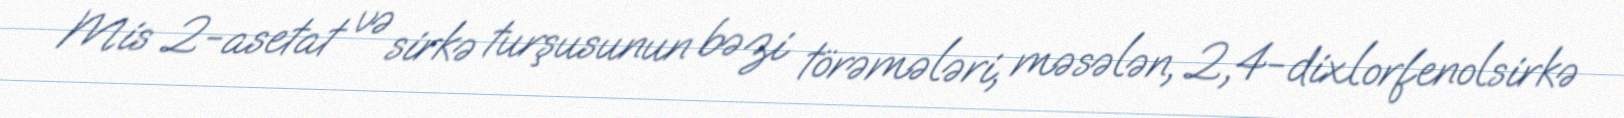
Mis 2-asetat və sirkə turşusunun bəzi törəmələri, məsələn, 2,4-dixlorfenolsirkə